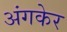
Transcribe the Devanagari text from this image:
अंगकेर